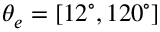
\theta _ { e } = [ 1 2 ^ { \circ } , 1 2 0 ^ { \circ } ]